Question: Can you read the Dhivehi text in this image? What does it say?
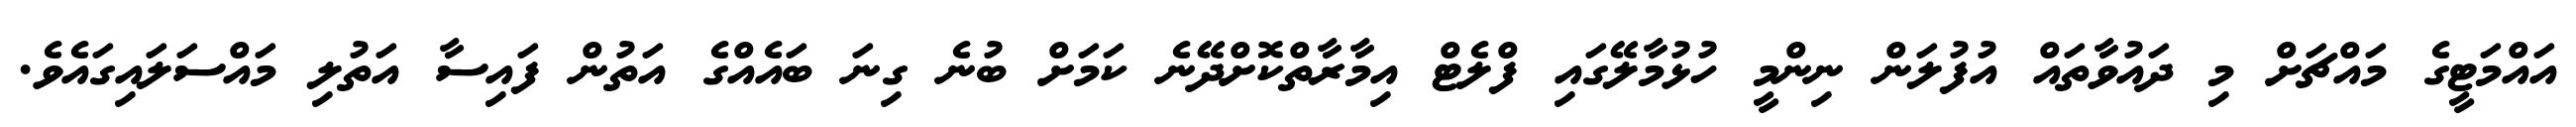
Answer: އައްމަޓީގެ މައްޗަށް މި ދައުވާތައް އުފުލަން ނިންމީ ހުޅުމާލޭގައި ފްލެޓް އިމާރާތްކޮށްދޭނެ ކަމަށް ބުނެ ގިނަ ބައެއްގެ އަތުން ފައިސާ އަތުލި މައްސަލައިގައެވެ.